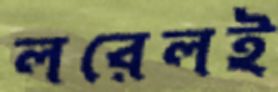
লরেলই